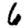
Digit: 6